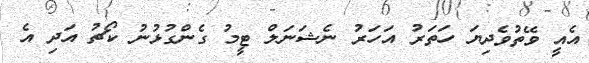
އެއީ ވޭތުވެދިޔަ ހަތަރު އަހަރު ނެޝަނަލް ޓީމު ގެންގުޅުނު ކޯޗު އަދި އެ